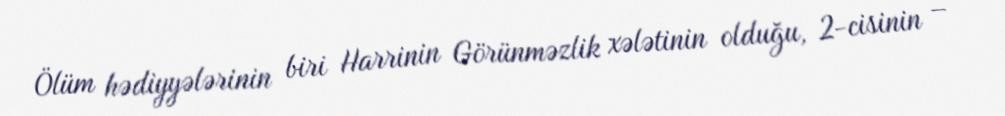
Ölüm hədiyyələrinin biri Harrinin Görünməzlik xələtinin olduğu, 2-cisinin –